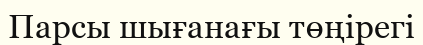
Парсы шығанағы төңірегі